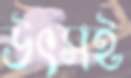
উৎসই